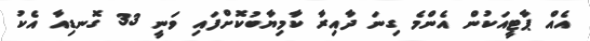
އެއް ޕާޓީއަކުން އެންމެ ގިނަ ދާއިރާ ކާމިޔާބުކޮށްފައި ވަނީ 33 ގޮނޑިއާ އެކު